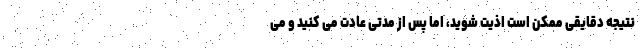
نتیجه دقایقی ممکن است اذیت شوید، اما پس از مدتی عادت می کنید و می